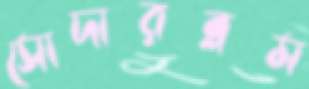
সোদারব্লম